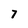
Character: 7